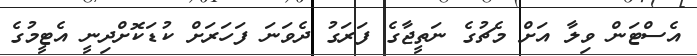
އެސްޓަން ވިލާ އަށް މެޗުގެ ނަތީޖާގެ ފަރަގު ދެވަނަ ފަހަރަށް ކުޑަކޮށްދިނީ އެޓީމުގެ